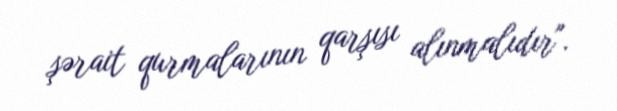
şərait qurmalarının qarşısı alınmalıdır".